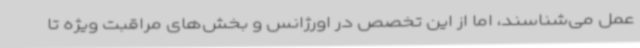
عمل می‌شناسند، اما از این تخصص در اورژانس و بخش‌های مراقبت ویژه تا